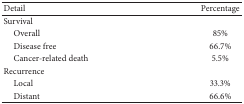
<table><thead><tr><td><b>Detail</b></td><td><b>Percentage</b></td></tr></thead><tbody><tr><td>Survival</td><td> </td></tr><tr><td> Overall</td><td>85%</td></tr><tr><td> Disease free</td><td>66.7%</td></tr><tr><td> Cancer-related death</td><td>5.5%</td></tr><tr><td>Recurrence</td><td> </td></tr><tr><td> Local</td><td>33.3%</td></tr><tr><td> Distant</td><td>66.6%</td></tr></tbody></table>